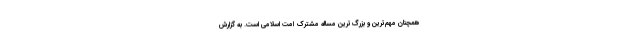
همچنان مهم‌ترین و بزرگ‌ترین مساله مشترک امت اسلامی است. به گزارش